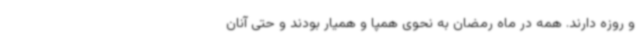
و روزه دارند. همه در ماه‌ رمضان به نحوی همپا و همیار بودند و حتی آنان